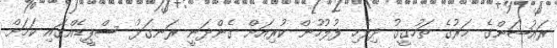
ރައުޝަންގެ މަރުގެ ތަހުގީގު ދިވެހި ފުލުހުން ކުރިއަށް ގެންދަނީ ރަނގަޅު ސްޕީޑެއްގައި ކަމަށް